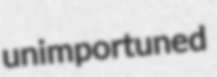
unimportuned